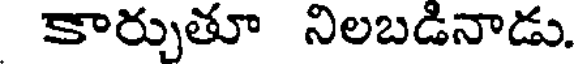
కార్చుతూ నిలబడినాడు.